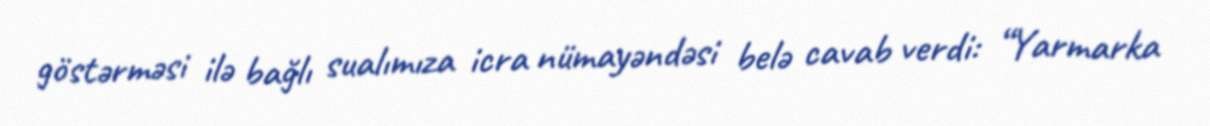
göstərməsi ilə bağlı sualımıza icra nümayəndəsi belə cavab verdi: “Yarmarka